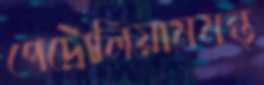
পেট্রোলিয়ামমন্ত্